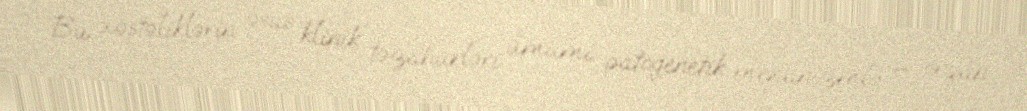
Bu xəstəliklərin əsas klinik təzahürləri ümumi patogenetik mexanizmlə – orqan